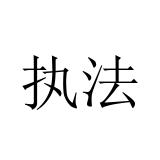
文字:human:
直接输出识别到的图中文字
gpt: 执法